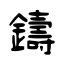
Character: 鑄